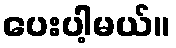
ပေးပါ့မယ်။